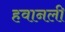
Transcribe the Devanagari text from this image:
हवानली